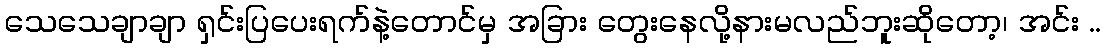
သေသေချာချာ ရှင်းပြပေးရက်နဲ့တောင်မှ အခြား တွေးနေလို့နားမလည်ဘူးဆိုတော့၊ အင်း ..